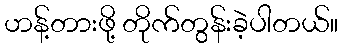
ဟန့်တားဖို့ တိုက်တွန်းခဲ့ပါတယ်။